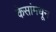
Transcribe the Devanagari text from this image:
केसांमधून